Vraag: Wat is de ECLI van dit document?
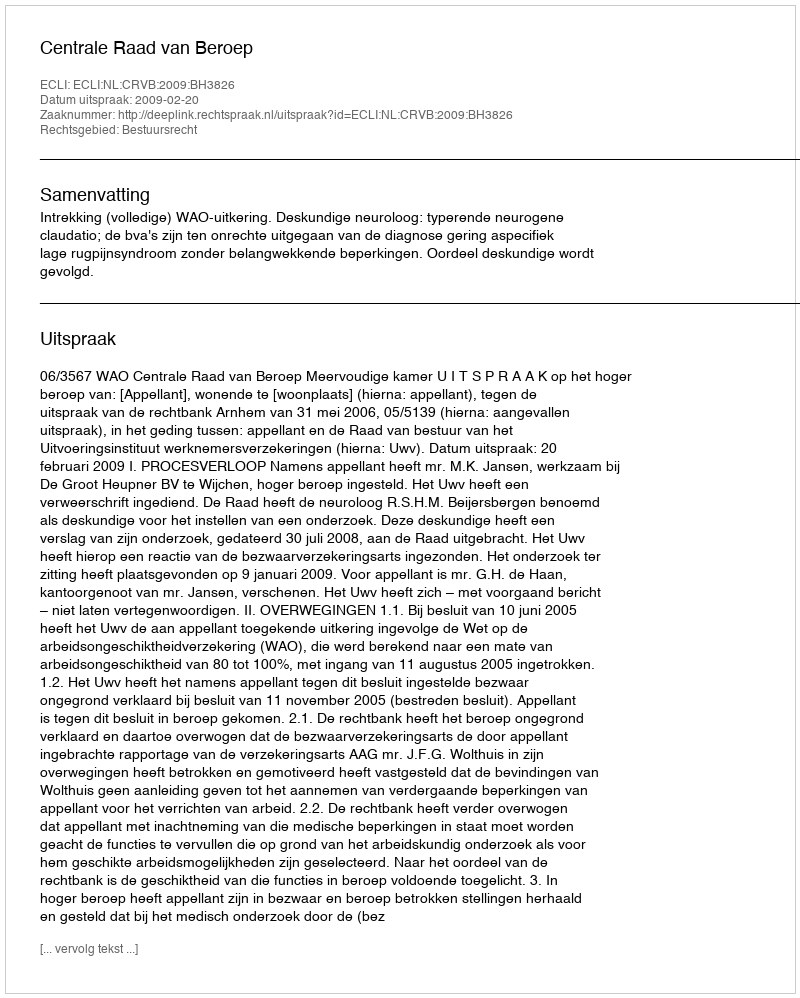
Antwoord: ECLI:NL:CRVB:2009:BH3826